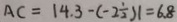
A C = 1 4 . 3 - ( - 2 \frac { 1 } { 2 } ) 1 = 6 . 8